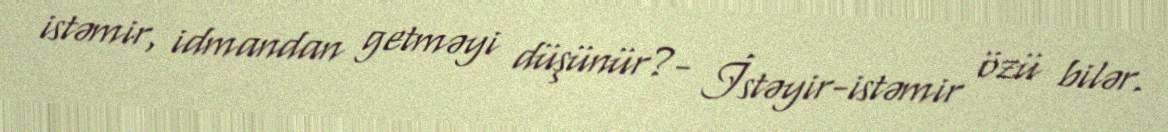
istəmir, idmandan getməyi düşünür?- İstəyir-istəmir özü bilər.